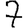
Digit: 7